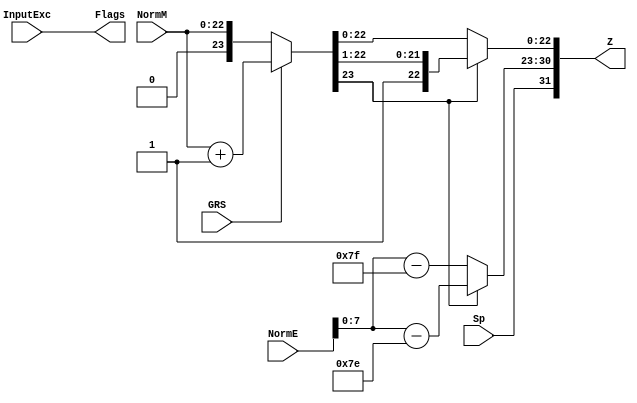
`timescale 1ns / 1ps

module FPMult_c(
		NormM,
		NormE,
		Sp,
		GRS,
		InputExc,
		Z,
		Flags
    );

	// Input Ports
	input [22:0] NormM ;									// Normalized mantissa
	input [8:0] NormE ;									// Normalized exponent
	input Sp ;										// Product sign
	input GRS ;
	input [4:0] InputExc ;

	// Output Ports
	output [31:0] Z ;										// Final product
	output [4:0] Flags ;

	// Output Ports
	wire [8:0] RoundE ;
	wire [8:0] RoundEP ;
	wire [23:0] RoundM ;
	wire [23:0] RoundMP ; 
	
	assign RoundE = NormE - 127 ;
	assign RoundEP = NormE - 126 ;
	assign RoundM = NormM ;
	assign RoundMP = NormM + 1 ;
	
	// Internal Signals
	wire [8:0] FinalE ;									// Rounded exponent
	wire [23:0] FinalM;
	wire [23:0] PreShiftM;
	
	assign PreShiftM = GRS ? RoundMP : RoundM ;	// Round up if R and (G or S)
	
	// Post rounding normalization (potential one bit shift> use shifted mantissa if there is overflow)
	assign FinalM = (PreShiftM[23] ? {1'b0, PreShiftM[23:1]} : PreShiftM[23:0]) ;
	
	assign FinalE = (PreShiftM[23] ? RoundEP : RoundE) ; // Increment exponent if a shift was done
	
	assign Z = {Sp, FinalE[7:0], FinalM[22:0]} ;   // Putting the pieces together
	assign Flags = InputExc[4:0];

endmodule